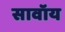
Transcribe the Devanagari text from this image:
सावॉय